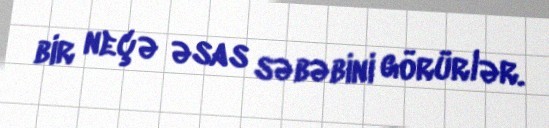
bir neçə əsas səbəbini görürlər.